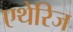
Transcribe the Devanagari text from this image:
एथेरिज